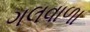
ગલવાળા